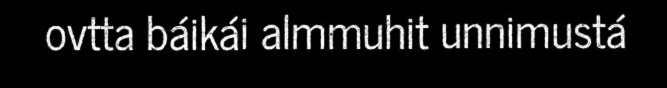
ovtta báikái almmuhit unnimustá